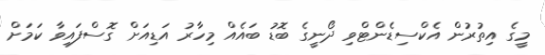
މީގެ އިތުރުން އެކްސިޑެންޓްވި ދޯނީގެ ބޮޑު ބައެއް މިހާރު އަޑިއަށް ގޮސްފައިވާ ކަމަށް